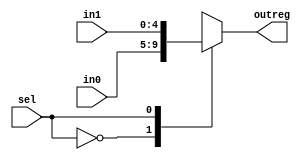
`timescale 1ns / 1ps
//////////////////////////////////////////////////////////////////////////////////
// Company: 
// Engineer: 
// 
// Design Name: 
// Module Name: mux_reg
// Project Name: 
// Target Devices: 
// Tool Versions: 
// Description: 
// 
// Dependencies: 
// 
// Revision:
// Revision 0.01 - File Created
// Additional Comments:
// 
//////////////////////////////////////////////////////////////////////////////////


module mux_reg(sel,in0,in1,outreg);
input [4:0] in0,in1;
input sel;
output reg [4:0] outreg;

always @(*)
begin
case(sel)
0:outreg = in0;
1:outreg = in1;
endcase
end
endmodule